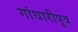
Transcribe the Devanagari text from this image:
गांधारीपुत्र